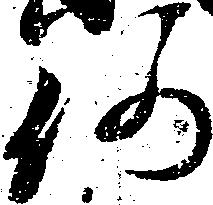
何